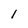
Character: l